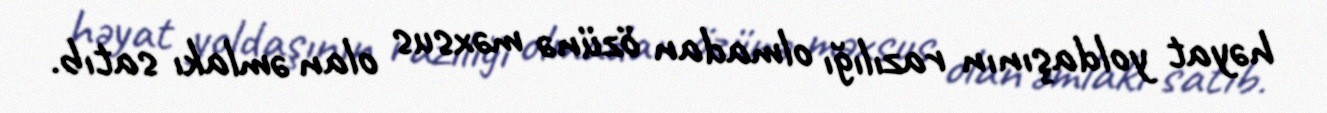
həyat yoldaşının razılığı olmadan özünə məxsus olan əmlakı satıb.